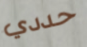
حددي